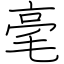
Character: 毫